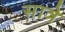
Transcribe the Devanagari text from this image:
सात्रे